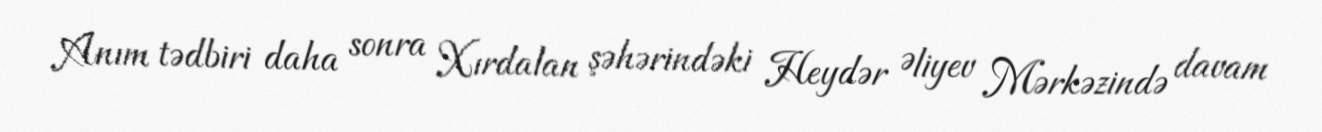
Anım tədbiri daha sonra Xırdalan şəhərindəki Heydər Əliyev Mərkəzində davam